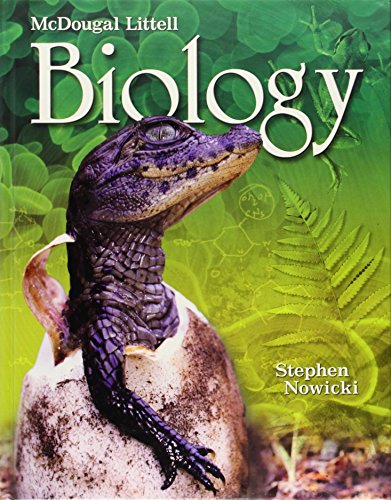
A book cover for McDougal Littell Biology: Student Edition 2008; MCDOUGAL LITTEL; Teen & Young Adult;